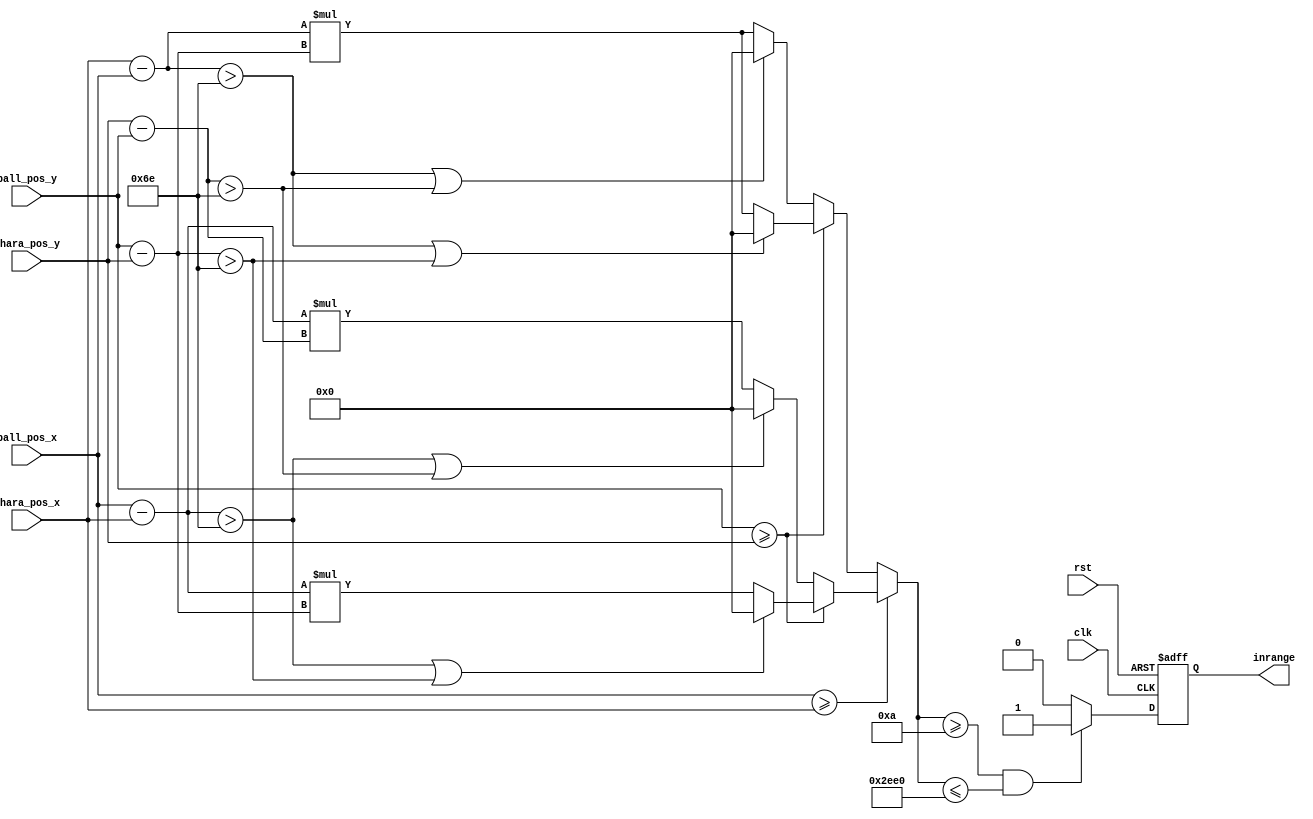


module inrange (
    input clk,
    input rst,
    input signed [10:0] ball_pos_x,
    input signed [10:0] ball_pos_y,
    input signed [10:0] chara_pos_x,
    input signed [10:0] chara_pos_y,
    output reg inrange
);

    reg signed [20:0] distance;

    always @(*) begin
        if(ball_pos_x >= chara_pos_x) begin
            if(ball_pos_y >= chara_pos_y) begin
                if(ball_pos_x - chara_pos_x > 110 || ball_pos_y - chara_pos_y > 110)
                    distance = 0;
                else
                    distance = (ball_pos_x - chara_pos_x) * (ball_pos_y - chara_pos_y);
            end
            else begin
                if(ball_pos_x - chara_pos_x > 110 || chara_pos_y - ball_pos_y > 110)
                    distance = 0;
                else
                    distance = (ball_pos_x - chara_pos_x) * (chara_pos_y - ball_pos_y);
            end
        end
        else begin
            if(ball_pos_y >= chara_pos_y) begin
                if(chara_pos_x - ball_pos_x > 110 || ball_pos_y - chara_pos_y > 110)
                    distance = 0;
                else
                    distance = (chara_pos_x - ball_pos_x) * (ball_pos_y - chara_pos_y);
            end
            else begin
                if(chara_pos_x - ball_pos_x > 110 || chara_pos_y - ball_pos_y > 110)
                    distance = 0;
                else
                    distance = (chara_pos_x - ball_pos_x) * (ball_pos_y - chara_pos_y);
            end
        end
    end


    always @(posedge clk, posedge rst) begin
        if(rst) begin
            inrange <= 0;
        end
        else begin
            if(distance >= 10 && distance <= 12000)
                inrange <= 1;
            else 
                inrange <= 0;
        end
    end
    
endmodule